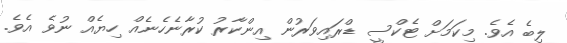
ލިބެ އެވެ. މިކަމަށް ޓެކްސީ ޑްރައިވަރުން އިންކާރު ކުރާނެހެނެއް ހިޔެއް ނުވެ އެވެ.